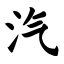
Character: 汽